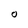
Character: O